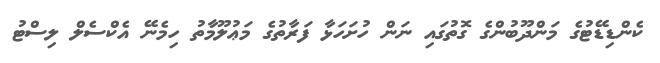
ކެންޑިޑޭޓުގެ މަންދޫބުންގެ ގޮތުގައި ނަން ހުށަހަޅާ ފަރާތުގެ މަޢުލޫމާތު ހިމެނޭ އެކްސެލް ލިސްޓު